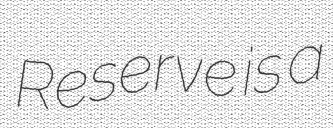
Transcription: Reserve is a